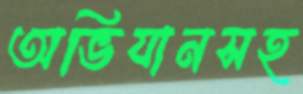
অভিযানসহ